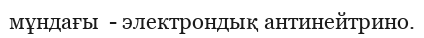
мұндағы  - электрондық антинейтрино.